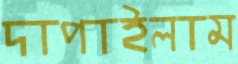
দাপাইলাম